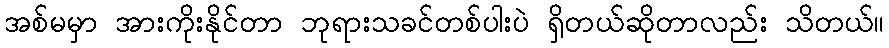
အစ်မမှာ အားကိုးနိုင်တာ ဘုရားသခင်တစ်ပါးပဲ ရှိတယ်ဆိုတာလည်း သိတယ်။